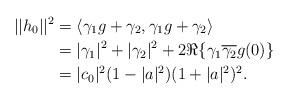
LaTeX: \begin{align*}||h_0||^2&=\langle\gamma_1g+\gamma_2,\gamma_1g+\gamma_2\rangle\\&=|\gamma_1|^2+|\gamma_2|^2+2\Re\{\gamma_1\overline{\gamma_2}g(0)\}\\&=|c_0|^2(1-|a|^2)(1+|a|^2)^2.\end{align*}